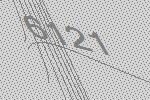
6121